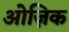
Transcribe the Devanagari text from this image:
ओज़िक